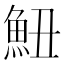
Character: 𱆧